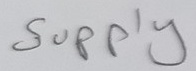
Text: Supply